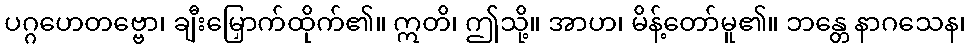
ပဂ္ဂဟေတဗ္ဗော၊ ချီးမြှောက်ထိုက်၏။ ဣတိ၊ ဤသို့။ အာဟ၊ မိန့်တော်မူ၏။ ဘန္တေ နာဂသေန၊